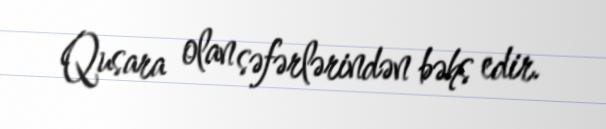
Qusara olan səfərlərindən bəhs edir.